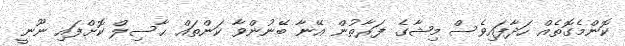
ކޮންމެގޮތެއް ހަދާފައިވެސް މިޝާގެ ފަރާތުން އޭނާ ބޭނުންވާ ކަންތައް ޙާސިލް ކޮށްފައި ނޫނީ